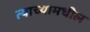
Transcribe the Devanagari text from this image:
त्याच्यामधील